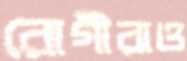
রোগীরাও